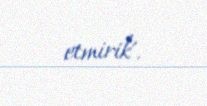
etmirik’.